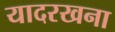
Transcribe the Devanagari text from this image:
यादरखना